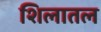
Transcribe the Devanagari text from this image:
शिलातल